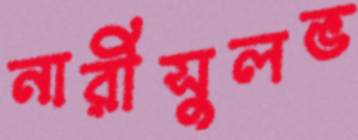
নারীসুলভ